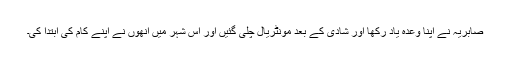
صابریہ نے اپنا وعدہ یاد رکھا اور شادی کے بعد مونٹریال چلی گئیں اور اس شہر میں انھوں نے اپنے کام کی ابتدا کی۔